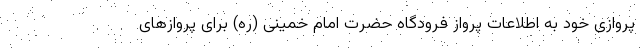
پروازی خود به اطلاعات پرواز فرودگاه حضرت امام خمینی (ره) برای پروازهای